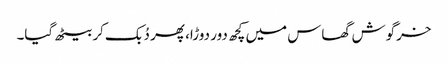
خرگوش گھاس میں کچھ دور دوڑا، پھر دُبک کر بیٹھ گیا۔